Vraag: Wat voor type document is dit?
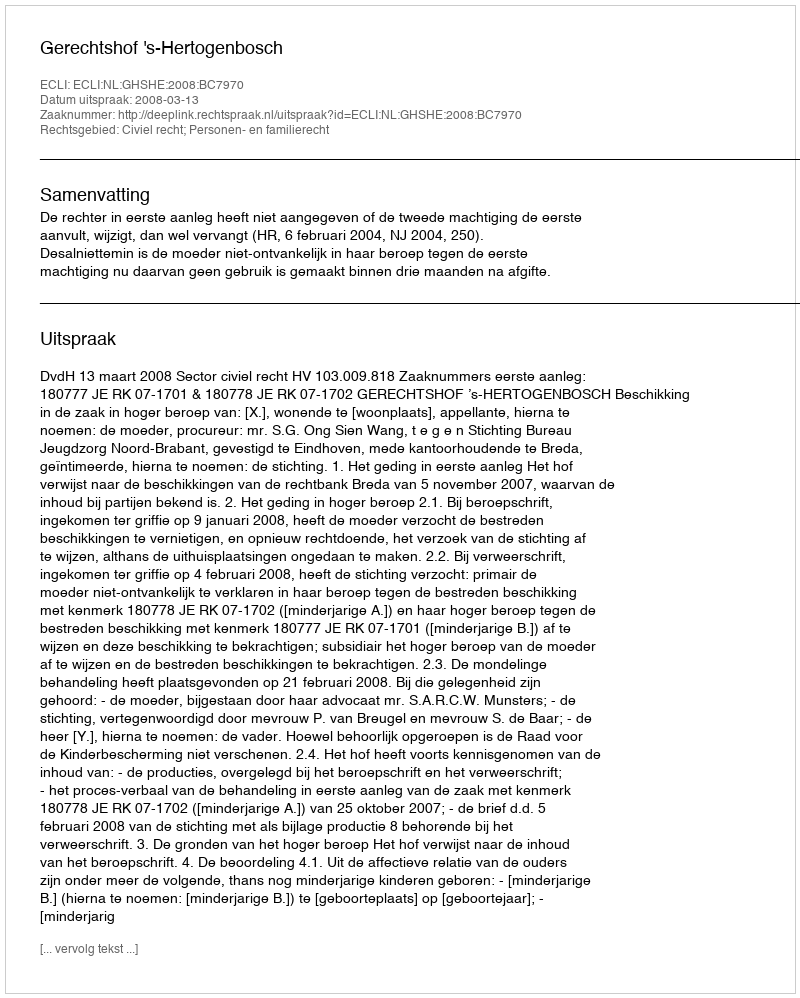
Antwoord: Uitspraak